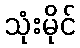
သုံးမိုင်